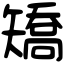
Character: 矯